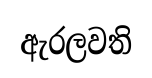
ඇරලවති